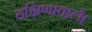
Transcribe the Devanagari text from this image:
दक्षिणावाले।